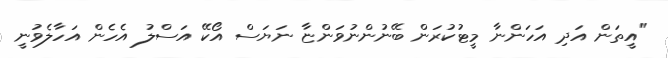
"އީތަން އަދި އަހަންނާ މީޓުކުރަން ބޭނުންނުވަންޏާ ނަޔަސް އޯކޭ އަސްލު އެހެން އަހާލެވުނީ